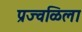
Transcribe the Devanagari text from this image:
प्रज्वळिला